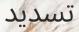
تسديد